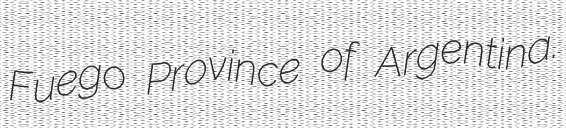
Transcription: Fuego Province of Argentina.